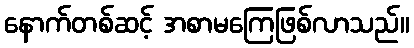
နောက်တစ်ဆင့် အစာမကြေဖြစ်လာသည်။